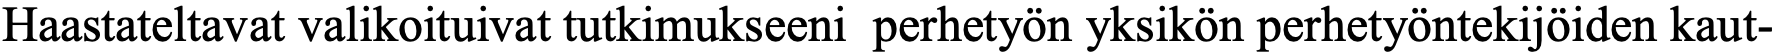
Haastateltavat valikoituivat tutkimukseeni perhetyön yksikön perhetyöntekijöiden kaut-